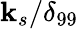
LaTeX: \mathbf{k}_{s}/\delta_{99}